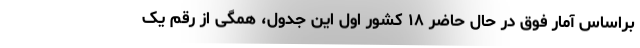
براساس آمار فوق در حال حاضر ۱۸ کشور اول این جدول، همگی از رقم یک